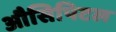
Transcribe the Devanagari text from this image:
औसिपिटल